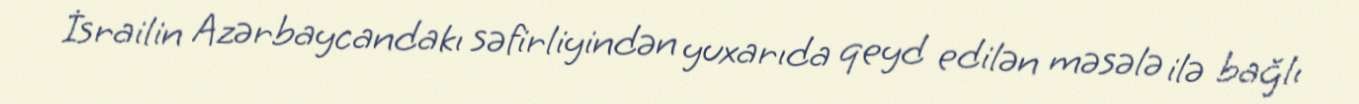
İsrailin Azərbaycandakı səfirliyindən yuxarıda qeyd edilən məsələ ilə bağlı